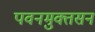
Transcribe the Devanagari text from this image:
पवनमुक्तसन